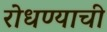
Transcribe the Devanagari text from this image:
रोधण्याची